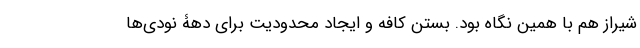
شیراز هم با همین نگاه بود. بستن کافه و ایجاد محدودیت برای دهۀ نودی‌ها